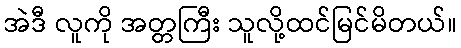
အဲဒီ လူကို အတ္တကြီး သူလို့ထင်မြင်မိတယ်။